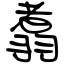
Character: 翥